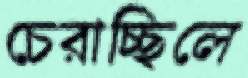
চেরাচ্ছিলে